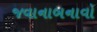
જવાનાબનાવો